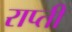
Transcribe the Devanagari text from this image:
राप्‍ती